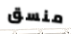
منسق